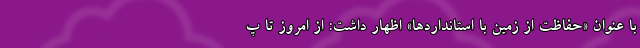
با عنوان «حفاظت از زمین با استانداردها» اظهار داشت: از امروز تا پ